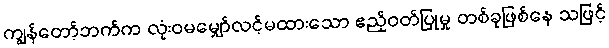
ကျွန်တော့်ဘက်က လုံးဝမမျှော်လင့်မထားသော ဧည့်ဝတ်ပြုမှု တစ်ခုဖြစ်နေ သဖြင့်